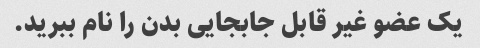
یک عضو غیر قابل جابجایی بدن را نام ببرید.